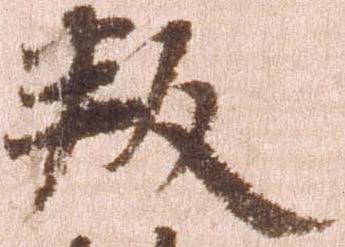
叛